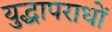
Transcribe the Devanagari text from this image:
युद्धापराधों